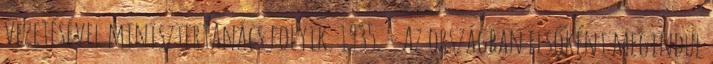
vezetésével minisztertanács folyik. 1935. – Az országban elsőként megindul